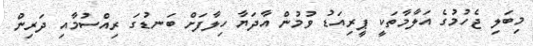
މިބަލި ޖެހުމުގެ އަލާމާތަކީ ޕީރިއަޑު ވުމުން އާދަޔާ ހިލާފަށް ބަނޑުގަ ރިއްސުމާއި ދަރިން